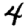
Digit: 4